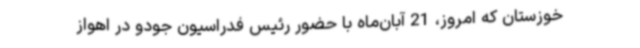
خوزستان که امروز، 21‌ آبان‌ماه با حضور رئیس فدراسیون جودو در اهواز